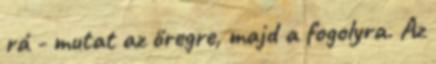
rá - mutat az öregre, majd a fogolyra. Az